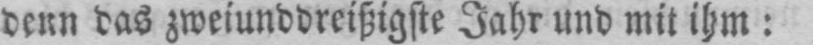
denn das zweiunddreißigste Jahr und mit ihm: